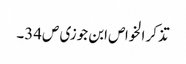
تذکر الخواص ابن جوزی ص34۔